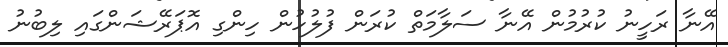
އޭނާ ރަހީނު ކުރުމުން އޭނާ ސަލާމަތް ކުރަން ފުލުހުން ހިންގި އޮޕަރޭޝަންގައި ލިބުނު